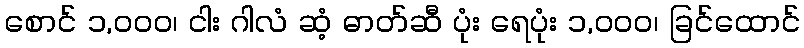
စောင် ၁,၀၀၀၊ ငါး ဂါလံ ဆံ့ ဓာတ်ဆီ ပုံး ရေပုံး ၁,၀၀၀၊ ခြင်ထောင်